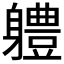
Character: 軆